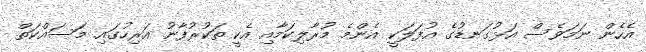
އެހެން ނަމަވެސް އަޅުގަނޑުގެ އުފަލަކީ އެންމެ މުރާލިކަމާއި އެކީ ތަކުރުފާނު އަރިހުގައި މަސައްކަތް